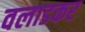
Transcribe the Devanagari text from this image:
वलाडकर